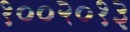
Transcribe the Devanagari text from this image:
१००२०१३